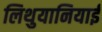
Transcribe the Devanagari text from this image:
लिथुयानियाई